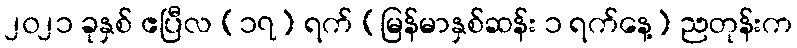
၂၀၂၁ ခုနှစ် ဧပြီလ (၁၇) ရက် (မြန်မာနှစ်ဆန်း ၁ ရက်နေ့) ညတုန်းက